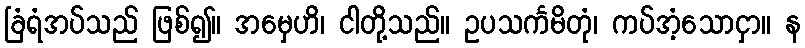
ခြံရံအပ်သည် ဖြစ်၍။ အမှေဟိ၊ ငါတို့သည်။ ဥပသင်္ကမိတုံ၊ ကပ်အံ့သောငှာ။ န